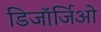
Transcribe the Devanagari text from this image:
डिजॉर्जिओ